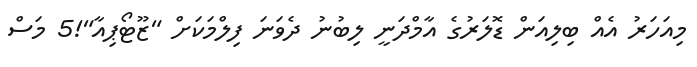
މިއަހަރު އެއް ބިލިއަން ޑޮލަރުގެ އާމްދަނީ ލިބުނު ދެވަނަ ފިލްމަކަށް "ޒޫޓޯޕިއާ"!5 މަސް